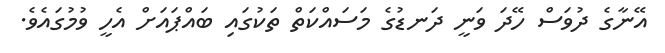
އޭނާގެ ދުވަސް ހޭދަ ވަނީ ދަނޑުގެ މަސައްކަތް ތަކުގައި ބައްޕައަށް އެހީ ވުމުގައެވެ.